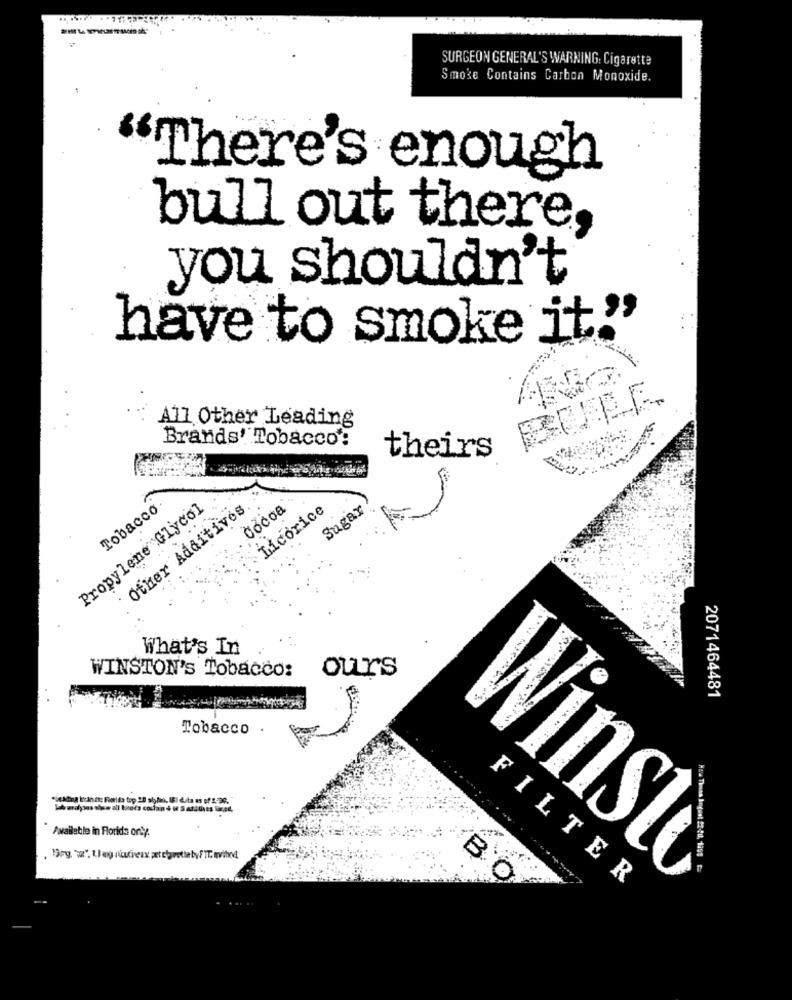
SURGEON GENERAL'S WARNING: Cigarette
Smoke Contains Carbon Monoxide.
There's enough
bull out there,
you shouldn't
have to smoke it."
A17 Other Leading
Brands' Tobacco':
theirs
Propylene Glycol
Tobacco
Other Additives
Cocoa
Licorice
Sugar
What's In
WINSTON'S Tobacco: ours
2071464481
Tobacco
** og run it; Fiorita
Available in Florida only.
B.
FILTER
Winst